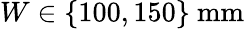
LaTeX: W\in\{ 100,150\} \ \mathrm{mm}